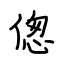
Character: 偬